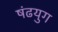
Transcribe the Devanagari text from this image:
षंढयुग